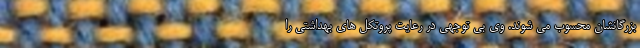
بزرگانشان محسوب می شوند. وی بی توجهی در رعایت پروتکل های بهداشتی را